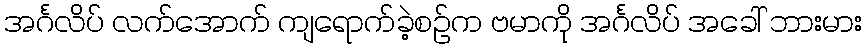
အင်္ဂလိပ် လက်အောက် ကျရောက်ခဲ့စဉ်က ဗမာကို အင်္ဂလိပ် အခေါ် ဘားမား